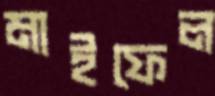
মাইফেল